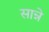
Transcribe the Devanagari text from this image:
सान्ने